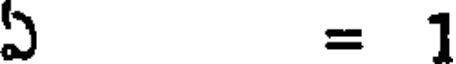
ఏ = 1